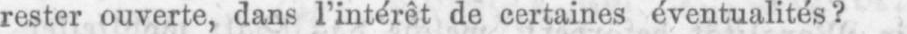
rester ouverte, dans l’intérêt de certaines éventualités?